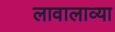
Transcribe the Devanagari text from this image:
लावालाव्या